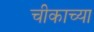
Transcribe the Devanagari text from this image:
चीकाच्या